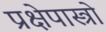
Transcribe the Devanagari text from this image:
प्रक्षेपास्त्रो